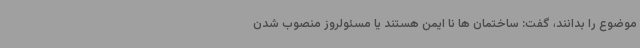
موضوع را بدانند، گفت: ساختمان ها نا ایمن هستند یا مسئولروز منصوب شدن